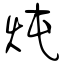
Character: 炖